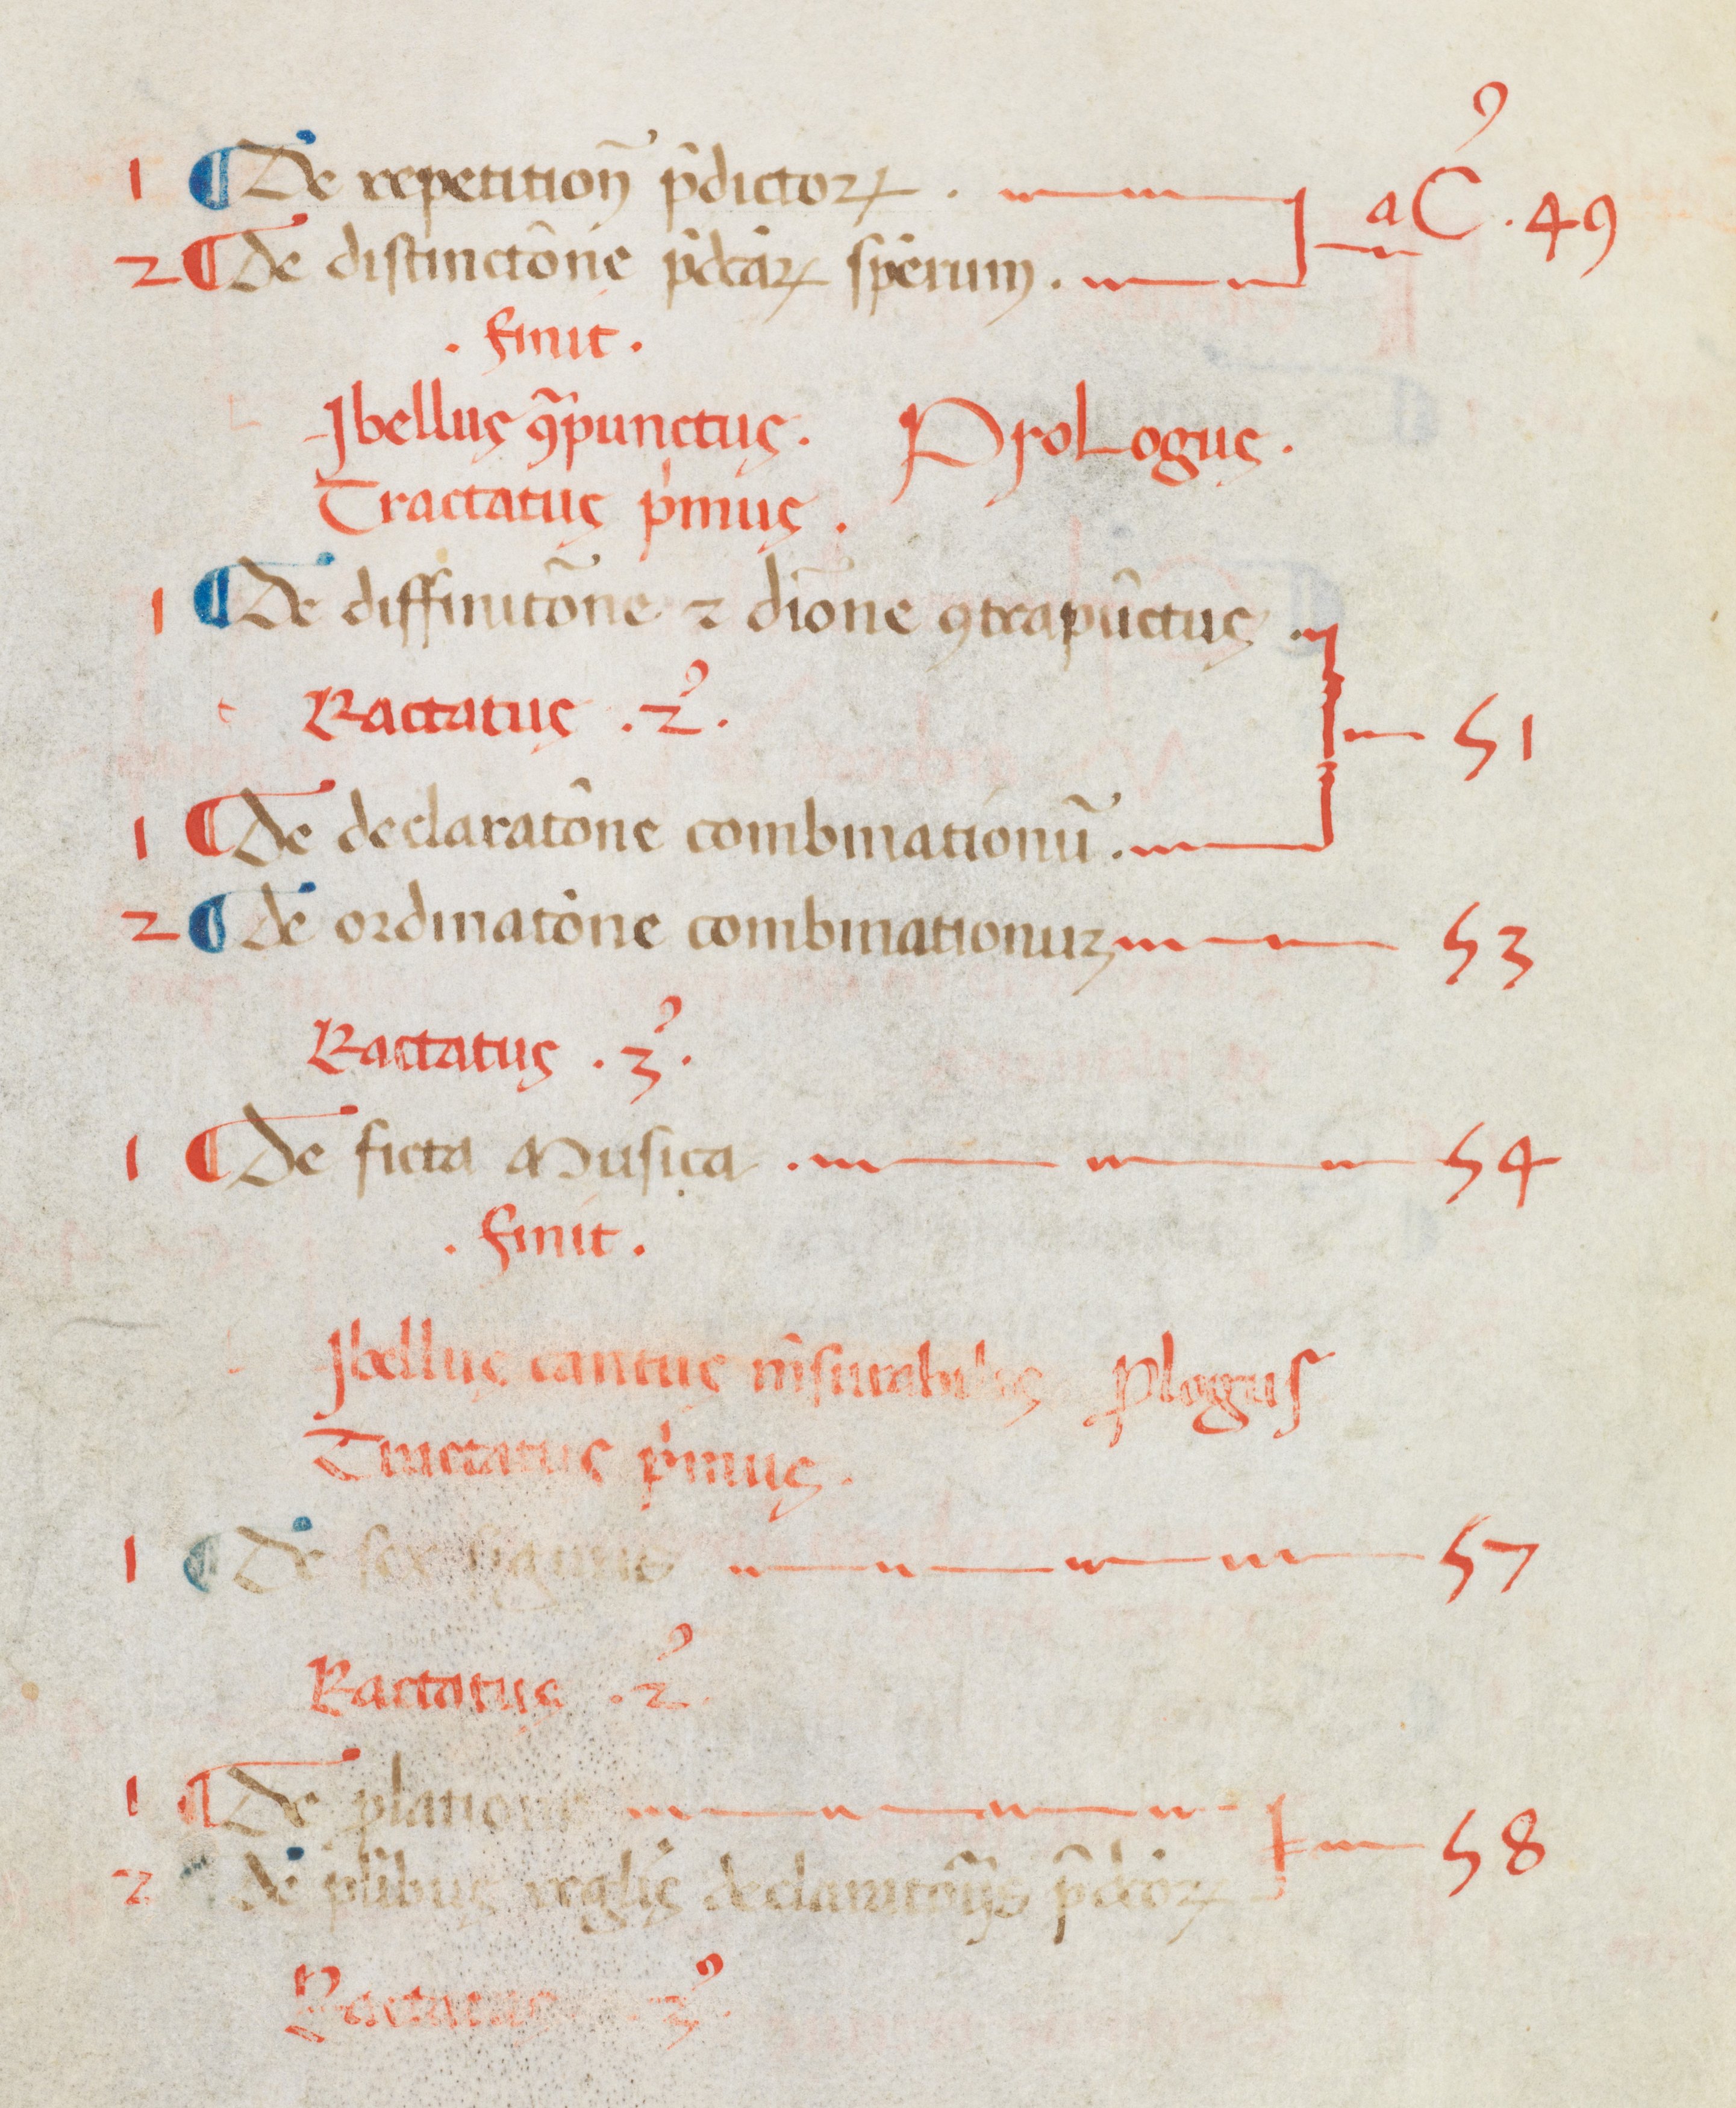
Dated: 1400–1499